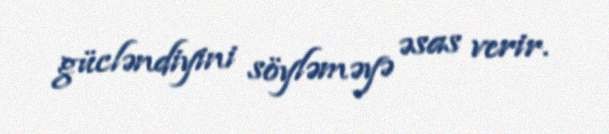
gücləndiyini söyləməyə əsas verir.